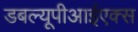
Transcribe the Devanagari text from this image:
डबल्यूपीआईएक्स